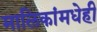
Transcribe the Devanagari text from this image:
मालिकांमधेही